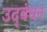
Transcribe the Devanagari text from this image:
उद्‍बंधन